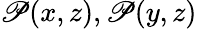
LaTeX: \mathscr{P}(x,z),\mathscr{P}(y,z)